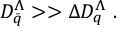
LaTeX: D _ { \bar { q } } ^ { \Lambda } > > \Delta D _ { q } ^ { \Lambda } ~ .